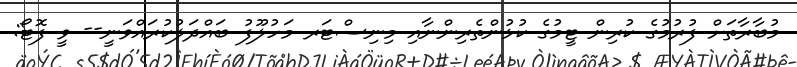
މުބާރާތަށް ފުރުމުގެ ކުރިން ޓީމުގެ ކުޅުންތެރިންނާއި މިނިސްޓަރ މަހުލޫފު ބައްދަލުކުރައްވަނީ-- ވީ ފޮޓޯ: